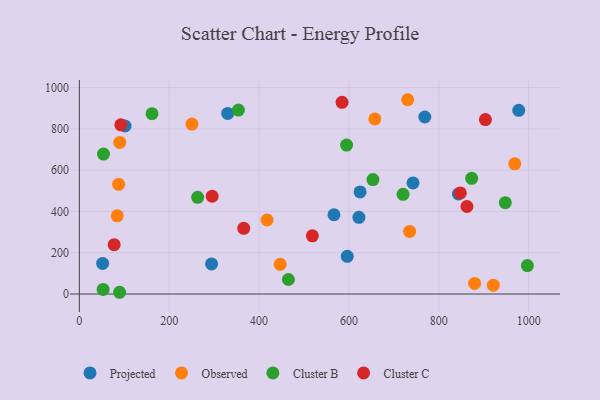
{"axis": {"x": "Engine Size", "y": "Fuel Efficiency"}, "legend": ["Cluster B", "Cluster C", "Observed", "Projected"], "data": [{"x": "101.7", "y": 814.1, "type": "Projected"}, {"x": "843.6", "y": 484.5, "type": "Projected"}, {"x": "330.2", "y": 874.8, "type": "Projected"}, {"x": "768.8", "y": 857.7, "type": "Projected"}, {"x": "294.3", "y": 145.9, "type": "Projected"}, {"x": "622.2", "y": 371.8, "type": "Projected"}, {"x": "742.6", "y": 538.4, "type": "Projected"}, {"x": "566.7", "y": 384.1, "type": "Projected"}, {"x": "624.7", "y": 494.6, "type": "Projected"}, {"x": "977.9", "y": 889.8, "type": "Projected"}, {"x": "51.8", "y": 148.4, "type": "Projected"}, {"x": "596.2", "y": 182.8, "type": "Projected"}, {"x": "447.0", "y": 144.0, "type": "Observed"}, {"x": "250.6", "y": 823.3, "type": "Observed"}, {"x": "735.0", "y": 303.4, "type": "Observed"}, {"x": "969.0", "y": 630.6, "type": "Observed"}, {"x": "730.7", "y": 941.3, "type": "Observed"}, {"x": "921.3", "y": 42.9, "type": "Observed"}, {"x": "879.6", "y": 51.2, "type": "Observed"}, {"x": "84.3", "y": 378.9, "type": "Observed"}, {"x": "87.5", "y": 531.5, "type": "Observed"}, {"x": "657.6", "y": 848.4, "type": "Observed"}, {"x": "90.0", "y": 734.6, "type": "Observed"}, {"x": "417.8", "y": 358.7, "type": "Observed"}, {"x": "873.1", "y": 560.6, "type": "Cluster B"}, {"x": "594.7", "y": 721.5, "type": "Cluster B"}, {"x": "161.7", "y": 873.7, "type": "Cluster B"}, {"x": "948.0", "y": 442.8, "type": "Cluster B"}, {"x": "53.8", "y": 678.0, "type": "Cluster B"}, {"x": "52.9", "y": 22.3, "type": "Cluster B"}, {"x": "89.5", "y": 8.5, "type": "Cluster B"}, {"x": "465.3", "y": 70.3, "type": "Cluster B"}, {"x": "720.4", "y": 483.1, "type": "Cluster B"}, {"x": "354.0", "y": 891.3, "type": "Cluster B"}, {"x": "997.1", "y": 137.8, "type": "Cluster B"}, {"x": "653.4", "y": 554.4, "type": "Cluster B"}, {"x": "263.3", "y": 468.5, "type": "Cluster B"}, {"x": "862.6", "y": 424.0, "type": "Cluster C"}, {"x": "77.5", "y": 239.0, "type": "Cluster C"}, {"x": "365.9", "y": 318.4, "type": "Cluster C"}, {"x": "584.6", "y": 928.8, "type": "Cluster C"}, {"x": "518.6", "y": 282.0, "type": "Cluster C"}, {"x": "903.7", "y": 845.0, "type": "Cluster C"}, {"x": "295.6", "y": 473.6, "type": "Cluster C"}, {"x": "847.9", "y": 489.6, "type": "Cluster C"}, {"x": "92.3", "y": 819.7, "type": "Cluster C"}]}